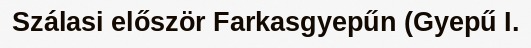
Szálasi először Farkasgyepűn (Gyepű I.